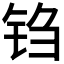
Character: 𫓮